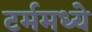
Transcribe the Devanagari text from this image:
टर्ममध्ये